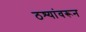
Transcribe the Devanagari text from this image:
ठश्यांवरून